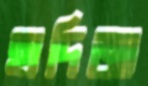
হাদিজা